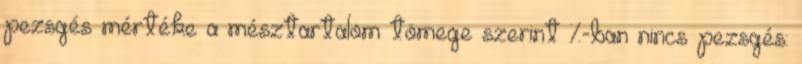
pezsgés mértéke a mésztartalom tömege szerint %-ban nincs pezsgés: